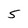
Character: 5